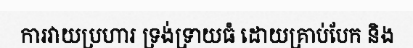
ការវាយប្រហារ ទ្រង់ទ្រាយធំ ដោយគ្រាប់បែក និង